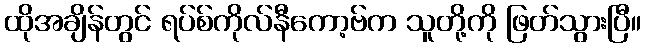
ထိုအချိန်တွင် ရပ်စ်ကိုလ်နီကော့ဗ်က သူတို့ကို ဖြတ်သွားပြီ။